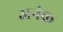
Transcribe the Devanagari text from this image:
अनंक